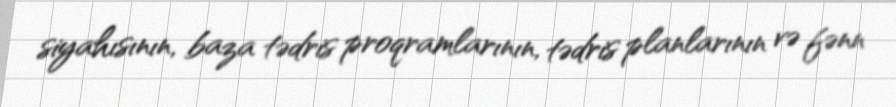
siyahısının, baza tədris proqramlarının, tədris planlarının və fənn